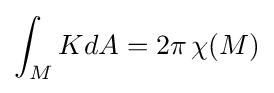
\int _{M}KdA=2\pi \,\chi (M)